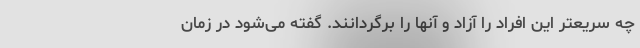
چه سریعتر این افراد را آزاد و آنها را برگردانند. گفته می‌شود در زمان